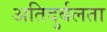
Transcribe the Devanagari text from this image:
अतिदुर्बलता